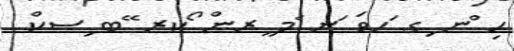
ހި ްނ ިގ ަހވަ ަނ ެމ ީރން ޯކރ ޭބ ިސކް